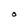
Character: O